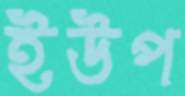
ইউপ